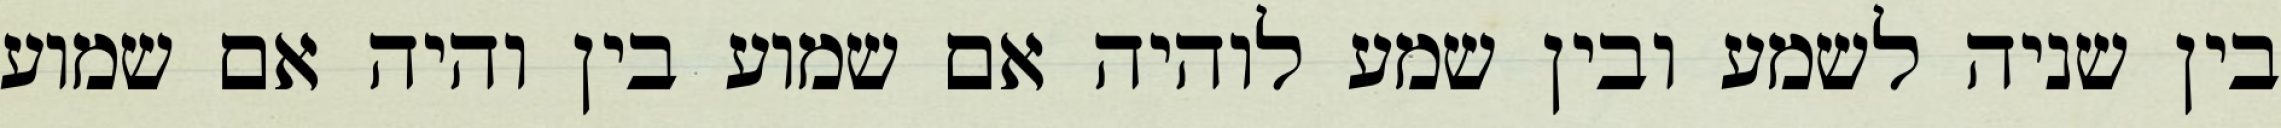
בין שניה לשמע ובין שמע לוהיה אם שמוע בין והיה אם שמוע